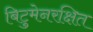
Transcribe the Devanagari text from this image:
बिटुमेनरक्षित